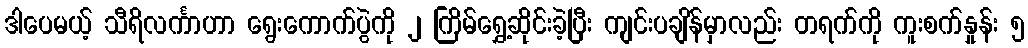
ဒါပေမယ့် သီရိလင်္ကာဟာ ရွေးကောက်ပွဲကို ၂ ကြိမ်ရွှေ့ဆိုင်းခဲ့ပြီး ကျင်းပချိန်မှာလည်း တရက်ကို ကူးစက်နှုန်း ၅